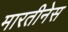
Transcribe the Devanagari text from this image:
मारतीनेस